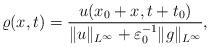
LaTeX: \begin{align*}\varrho(x,t) = \frac{u(x_0 + x,t+t_0)}{\| u\|_{L^{\infty}} + \varepsilon_0^{-1} \| g\|_{L^{\infty}}}, \end{align*}